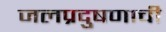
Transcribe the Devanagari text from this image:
जलप्रदुषणाची